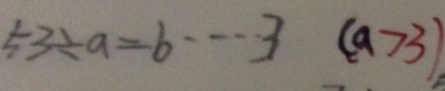
5 3 \div a = b \cdots 3 ( a > 3 )